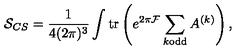
{ \cal S } _ { C S } = \frac { 1 } { 4 ( 2 \pi ) ^ { 3 } } \int \mathrm { t r } \left( e ^ { 2 \pi { \cal F } } \sum _ { k \mathrm { o d d } } A ^ { ( k ) } \right) ,